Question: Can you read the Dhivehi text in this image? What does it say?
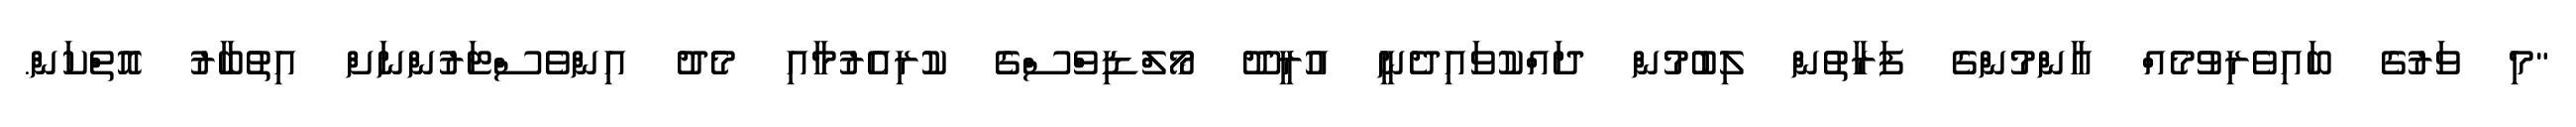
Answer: "މި ވަރުގެ ބައިވެރިވުމެއް އާންމުންގެ ފަރާތުން ލިބުމުން ދައްކުވައިދެނީ އުރީދޫ މޯލްޑިވްސްގެ ކުރިއެރުމާއި މެދު އިންވެސްޓަރުންނަށް އިތުބާރު އޮތްކަން.